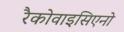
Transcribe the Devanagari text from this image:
रैकोवाइसिएनो